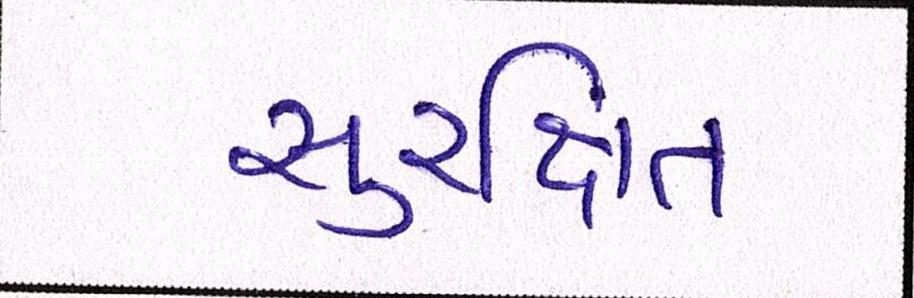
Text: સુરક્ષિત